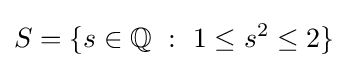
S=\{s\in \mathbb {Q} ~:~1\leq s^{2}\leq 2\}